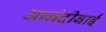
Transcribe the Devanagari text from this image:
आनंदीबाईं